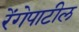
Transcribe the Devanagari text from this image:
रेंगेपाटील